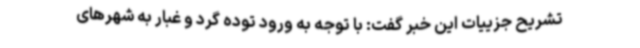
تشریح جزییات این خبر گفت: با توجه به ورود توده گرد و غبار به شهرهای